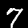
Label: 7